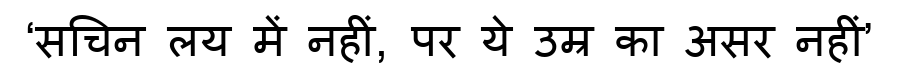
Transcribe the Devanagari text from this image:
‘सचिन लय में नहीं, पर ये उम्र का असर नहीं’